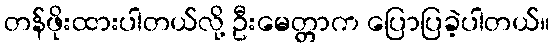
တန်ဖိုးထားပါတယ်လို့ ဦးမေတ္တာက ပြောပြခဲ့ပါတယ်။